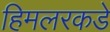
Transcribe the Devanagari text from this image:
हिमलरकडे